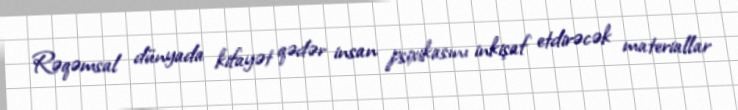
Rəqəmsal dünyada kifayət qədər insan psixikasını inkişaf etdirəcək materiallar